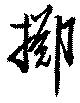
擲